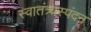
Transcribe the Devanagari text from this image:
स्वातंत्र्यस्पंदन